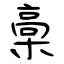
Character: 槀